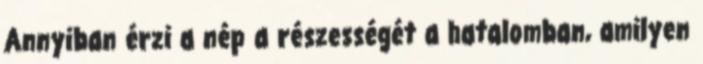
Annyiban érzi a nép a részességét a hatalomban, amilyen